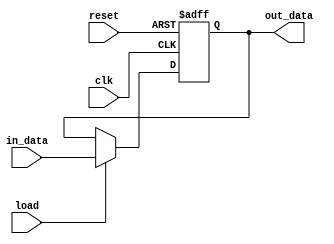
`timescale 1ns / 1ps
//////////////////////////////////////////////////////////////////////////////////
// Company: 
// Engineer: 
// 
// Design Name: 
// Module Name: reg_N
// Project Name: 
// Target Devices: 
// Tool Versions: 
// Description: 
// 
// Dependencies: 
// 
// Revision:
// Revision 0.01 - File Created
// Additional Comments:
// 
//////////////////////////////////////////////////////////////////////////////////


module reg_N   
  #(parameter N = 8)
      (
        input  clk,
         input  reset,
         input [N-1:0] in_data,
input   load,
        output  reg [N-1:0] out_data  
    );
     
      always @(posedge clk, posedge reset) 
        if(reset)
          out_data <= 0;
else if(load == 1)
		  out_data <= in_data;
     endmodule